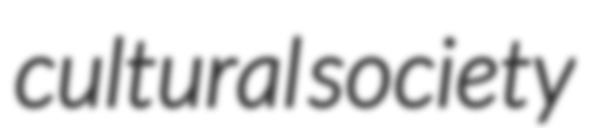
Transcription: cultural society